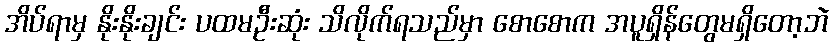
အိပ်ရာမှ နိုးနိုးချင်း ပထမဦးဆုံး သိလိုက်ရသည်မှာ စောစောက အပူရှိန်တွေမရှိတော့ဘဲ